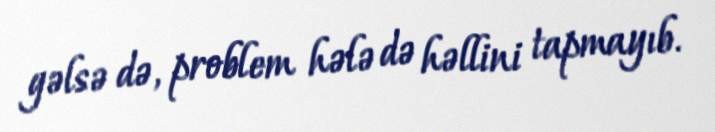
gəlsə də, problem hələ də həllini tapmayıb.